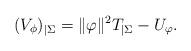
LaTeX: \begin{align*} (V_{\phi})_{|\Sigma} = \|\varphi\|^2 T_{|\Sigma} - U_{\varphi}. \end{align*}